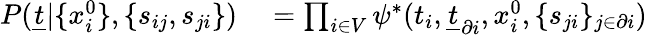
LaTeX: \begin{array}{rl}{P(\underline{{t}}|\{ x_{i}^{0}\} ,\{ s_{ij},s_{ji}\} )}&{{}=\prod_{i\in V}\psi^{*}(t_{i},\underline{{t}}_{\partial i},x_{i}^{0},\{ s_{ji}\} _{j\in\partial i})}\end{array}